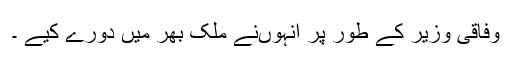
وفاقی وزیر کے طور پر انہوںنے ملک بھر میں دورے کیے ۔